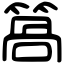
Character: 䈑